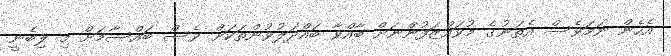
އެހެން ނަމަވެސް އެތަނުގެ މުވައްޒަފުންނަށް ބާއްވާ ބައްދަލުވުންތަކަށް ވެސް ބައްސާމަށް މި ލިބެނީ